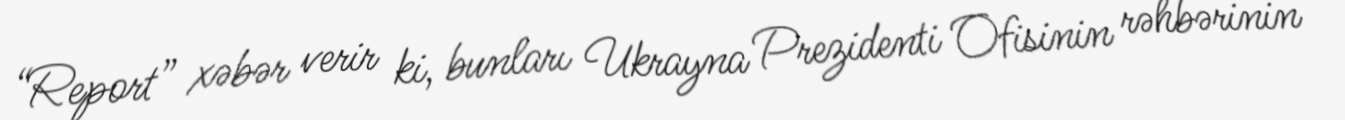
“Report” xəbər verir ki, bunları Ukrayna Prezidenti Ofisinin rəhbərinin